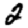
Digit: 2